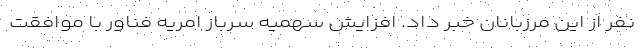
نفر از این مرزبانان خبر داد. افزایش سهمیه سرباز امریه فناور با موافقت